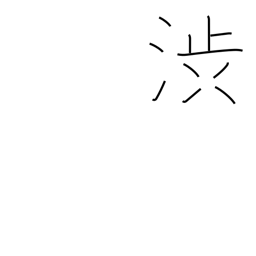
Meaning: hesitate